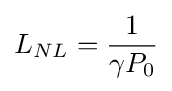
L_{NL}={\dfrac {1}{\gamma P_{0}}}